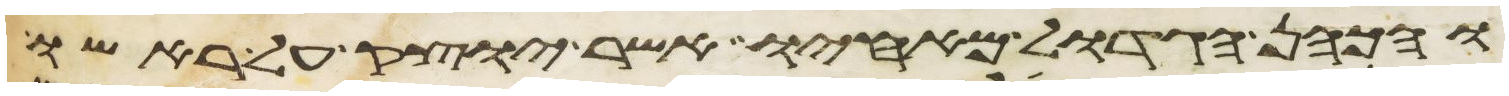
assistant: והכהן הגדול מאחיו אשר יוצק על ראשו